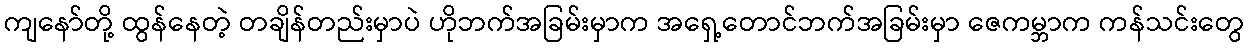
ကျနော်တို့ ထွန်နေတဲ့ တချိန်တည်းမှာပဲ ဟိုဘက်အခြမ်းမှာက အရှေ့တောင်ဘက်အခြမ်းမှာ ဇေကမ္ဘာက ကန်သင်းတွေ